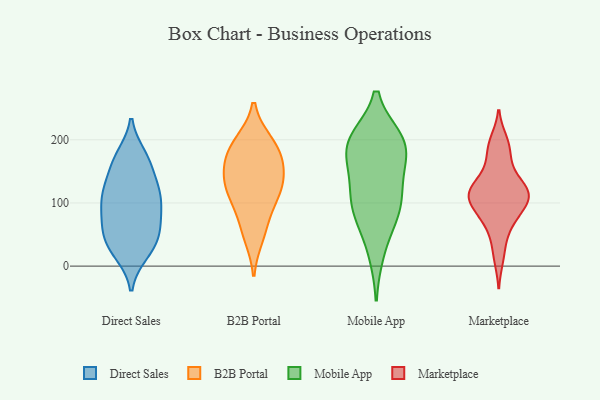
{"axis": {"x": "Latency (ms)", "y": "Value"}, "legend": ["B2B Portal", "Direct Sales", "Marketplace", "Mobile App"], "data": [{"x": "", "y": 72, "type": "Direct Sales"}, {"x": "", "y": 121, "type": "Direct Sales"}, {"x": "", "y": 171, "type": "Direct Sales"}, {"x": "", "y": 120, "type": "Direct Sales"}, {"x": "", "y": 127, "type": "Direct Sales"}, {"x": "", "y": 167, "type": "Direct Sales"}, {"x": "", "y": 58, "type": "Direct Sales"}, {"x": "", "y": 20, "type": "Direct Sales"}, {"x": "", "y": 174, "type": "Direct Sales"}, {"x": "", "y": 27, "type": "Direct Sales"}, {"x": "", "y": 113, "type": "Direct Sales"}, {"x": "", "y": 86, "type": "Direct Sales"}, {"x": "", "y": 43, "type": "Direct Sales"}, {"x": "", "y": 45, "type": "Direct Sales"}, {"x": "", "y": 116, "type": "Direct Sales"}, {"x": "", "y": 24, "type": "Direct Sales"}, {"x": "", "y": 85, "type": "Direct Sales"}, {"x": "", "y": 160, "type": "Direct Sales"}, {"x": "", "y": 58, "type": "Direct Sales"}, {"x": "", "y": 97, "type": "Direct Sales"}, {"x": "", "y": 104, "type": "B2B Portal"}, {"x": "", "y": 195, "type": "B2B Portal"}, {"x": "", "y": 196, "type": "B2B Portal"}, {"x": "", "y": 156, "type": "B2B Portal"}, {"x": "", "y": 64, "type": "B2B Portal"}, {"x": "", "y": 181, "type": "B2B Portal"}, {"x": "", "y": 122, "type": "B2B Portal"}, {"x": "", "y": 132, "type": "B2B Portal"}, {"x": "", "y": 169, "type": "B2B Portal"}, {"x": "", "y": 47, "type": "B2B Portal"}, {"x": "", "y": 110, "type": "B2B Portal"}, {"x": "", "y": 144, "type": "B2B Portal"}, {"x": "", "y": 200, "type": "Mobile App"}, {"x": "", "y": 78, "type": "Mobile App"}, {"x": "", "y": 199, "type": "Mobile App"}, {"x": "", "y": 145, "type": "Mobile App"}, {"x": "", "y": 190, "type": "Mobile App"}, {"x": "", "y": 87, "type": "Mobile App"}, {"x": "", "y": 92, "type": "Mobile App"}, {"x": "", "y": 141, "type": "Mobile App"}, {"x": "", "y": 190, "type": "Mobile App"}, {"x": "", "y": 192, "type": "Mobile App"}, {"x": "", "y": 22, "type": "Mobile App"}, {"x": "", "y": 109, "type": "Mobile App"}, {"x": "", "y": 111, "type": "Marketplace"}, {"x": "", "y": 84, "type": "Marketplace"}, {"x": "", "y": 130, "type": "Marketplace"}, {"x": "", "y": 114, "type": "Marketplace"}, {"x": "", "y": 119, "type": "Marketplace"}, {"x": "", "y": 126, "type": "Marketplace"}, {"x": "", "y": 154, "type": "Marketplace"}, {"x": "", "y": 45, "type": "Marketplace"}, {"x": "", "y": 115, "type": "Marketplace"}, {"x": "", "y": 77, "type": "Marketplace"}, {"x": "", "y": 103, "type": "Marketplace"}, {"x": "", "y": 76, "type": "Marketplace"}, {"x": "", "y": 199, "type": "Marketplace"}, {"x": "", "y": 13, "type": "Marketplace"}, {"x": "", "y": 173, "type": "Marketplace"}, {"x": "", "y": 107, "type": "Marketplace"}, {"x": "", "y": 191, "type": "Marketplace"}]}